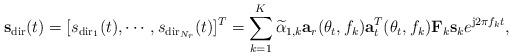
LaTeX: \begin{align*} {\bf s}_{\textrm{dir}}(t) &= [s_{\textrm{dir}_1}(t),\cdots,s_{\textrm{dir}_{N_r}}(t)]^T =\sum_{k=1}^{K} \widetilde{\alpha}_{1,k}{\bf a}_r(\theta_t,f_k){\bf a}_t^T(\theta_t,f_k){\bf F}_k{\bf s}_ke^{\mathrm{j}2\pi{f_k}t},\end{align*}